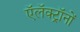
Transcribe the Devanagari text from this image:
ऍलॅक्ट्रॉनों